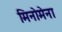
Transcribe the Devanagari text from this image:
मिनोमेना